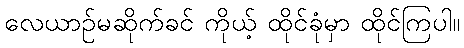
လေယာဉ်မဆိုက်ခင် ကိုယ့် ထိုင်ခုံမှာ ထိုင်ကြပါ။